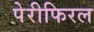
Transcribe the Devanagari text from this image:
पेरीफिरल